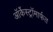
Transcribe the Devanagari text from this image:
ऑर्केस्ट्रॉमार्फत